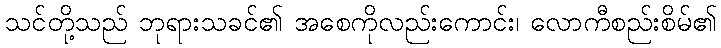
သင်တို့သည် ဘုရားသခင်၏ အစေကိုလည်းကောင်း၊ လောကီစည်းစိမ်၏